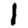
Digit: 1